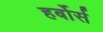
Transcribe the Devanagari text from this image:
हर्बोर्स